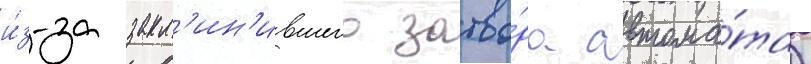
и́з-за закл'ин'ившего затво́ра автома́та)